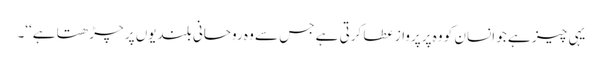
یہی چیز ہے جو انسان کو وہ پرپرواز عطا کرتی ہے جس سے وہ روحانی بلندیوں پر چڑھتا ہے‘‘۔